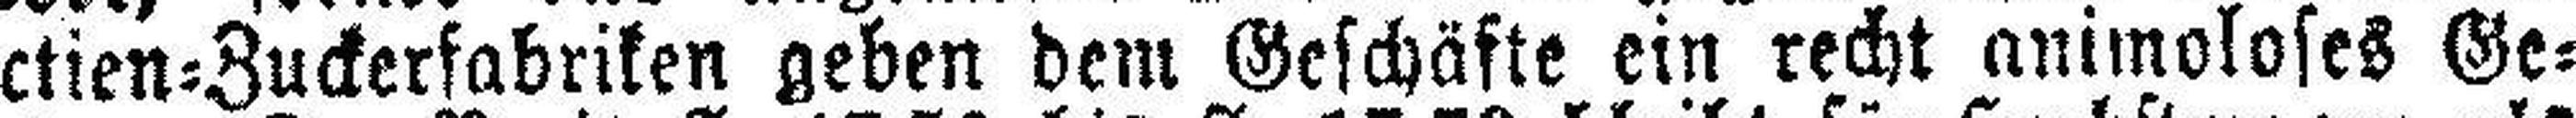
Actien=Zuckerfabriken geben dem Geschäfte ein recht animoloses Ge¬